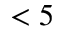
< 5